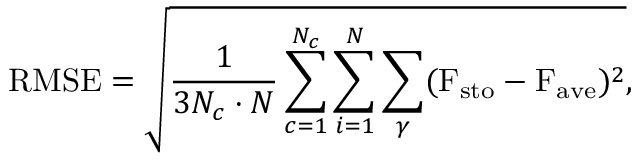
\mathrm { R M S E } = \sqrt { \frac { 1 } { 3 N _ { c } \cdot N } \sum _ { c = 1 } ^ { N _ { c } } \sum _ { i = 1 } ^ { N } \sum _ { \gamma } ( \mathrm { F } _ { \mathrm { s t o } } - \mathrm { F } _ { \mathrm { a v e } } ) ^ { 2 } } ,